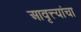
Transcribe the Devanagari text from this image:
आवृत्त्यांचा